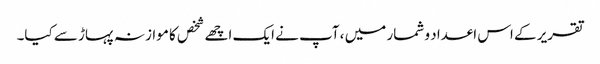
تقریر کے اس اعداد و شمار میں ، آپ نے ایک اچھے شخص کا موازنہ پہاڑ سے کیا۔